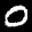
Label: 0